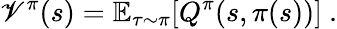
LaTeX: \mathscr{V}^{\pi}(s)=\mathbb{{E}}_{\tau\sim\pi}[Q^{\pi}(s,\pi(s))]~.